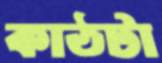
কাঠটা